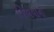
જિવવાની